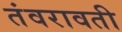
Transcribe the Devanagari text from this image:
तंवरावती